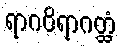
ရာဂဝိရာဂတ္ထံ